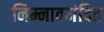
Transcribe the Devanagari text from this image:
निम्नावमंदित